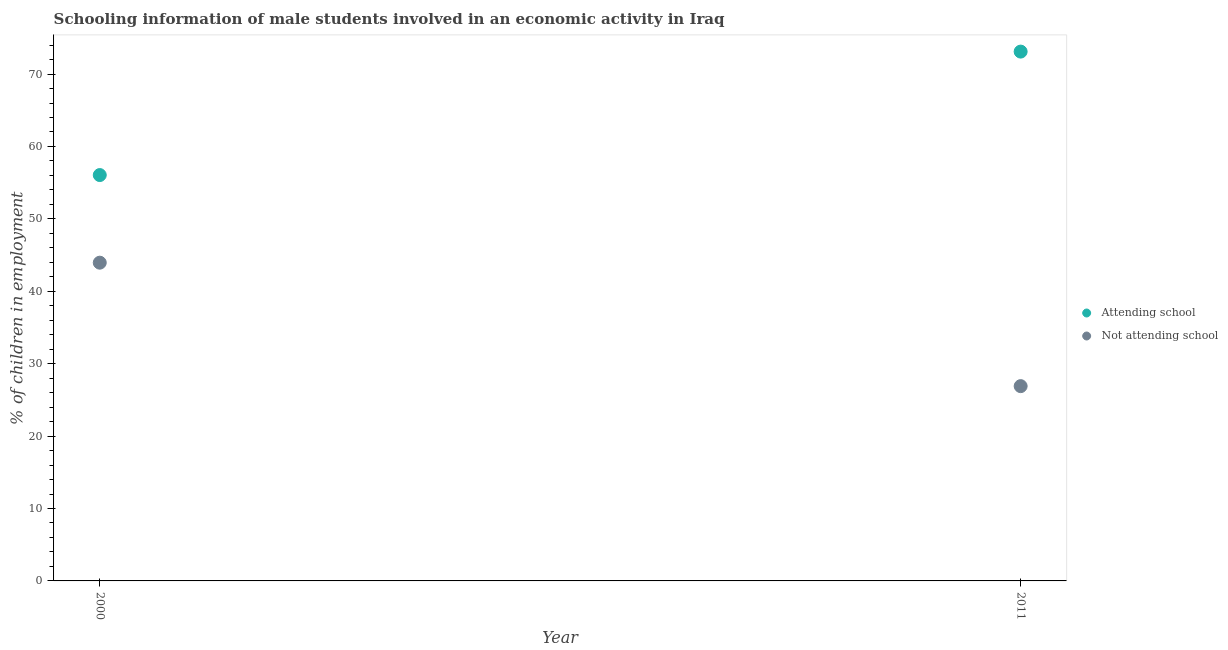
| Year | Attending school | Not attending school |
 | --- | --- | --- |
 | 2000 | 56.1 | 43.9 |
 | 2011 | 73.1 | 26.9 |